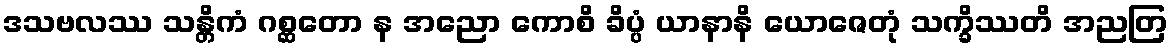
ဒသဗလဿ သန္တိကံ ဂစ္ဆတော န အညော ကောစိ ခိပ္ပံ ယာနာနိ ယောဇေတုံ သက္ခိဿတိ အညတြ